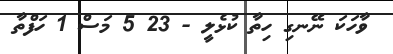
ވާހަކަ ނޭނގި ހިތާ ކުޅެލީ - 23 5 މަސް 1 ހަފްތާ